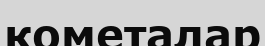
кометалар